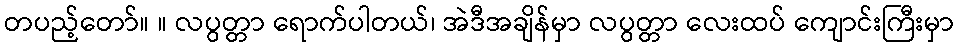
တပည့်တော်။ ။ လပွတ္တာ ရောက်ပါတယ်၊ အဲဒီအချိန်မှာ လပွတ္တာ လေးထပ် ကျောင်းကြီးမှာ